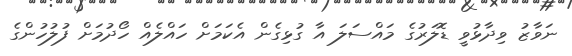
ނަވާޒު ވިދާޅުވީ ޑޮލަރުގެ މައްސަލަ އާ ގުޅިގެން އެކަމަށް ހައްލެއް ހޯދުމަށް ފުލުހުންގެ